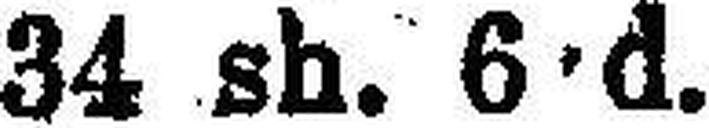
34 sh. 6·d.